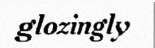
glozingly